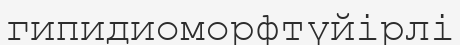
гипидиоморфтүйірлі